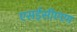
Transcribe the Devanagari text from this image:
एसईसीएएम